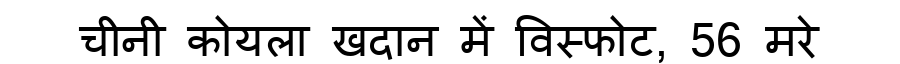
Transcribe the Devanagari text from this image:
चीनी कोयला खदान में विस्फोट, 56 मरे